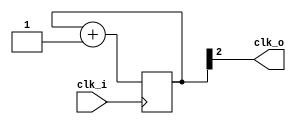
// Simple clock divider block
module clkdiv (
    input clk_i,
    output clk_o
);

    reg [3:0] n;

    //assign clk_o = n[0]; // :2   -> 12 MHz
    //assign clk_o = n[1]; // :4   ->  6 MHz
    assign clk_o = n[2]; // :8   ->  3 MHz
    //assign clk_o = n[3]; // :16  ->  1.5 MHz

    always @(posedge clk_i) n <= n + 1'b1;

endmodule